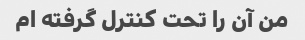
من آن را تحت کنترل گرفته ام